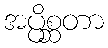
အပ္ပိစ္ဆတာ